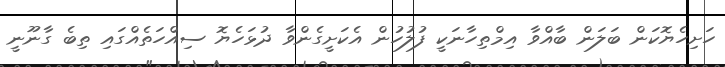
ހަށިހެޔޮކަން ބަލަން ބާއްވާ އިމްތިހާނަކީ ފުލުހުން އެކަށީގެންވާ ދުޅަހެޔޮ ސިއްހަތެއްގައި ތިބެ ގާނޫނީ